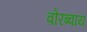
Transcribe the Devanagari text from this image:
वोरब्वाय